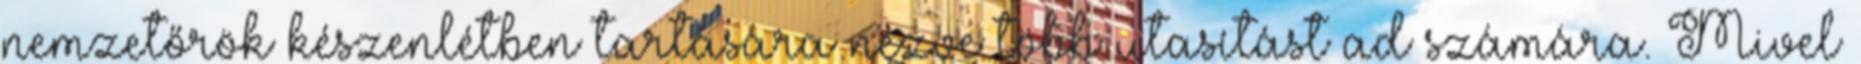
nemzetőrök készenlétben tartására nézve több utasítást ad számára. Mivel